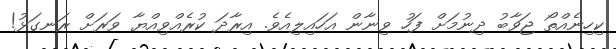
ކިހިނެއްތޯ ޖަވާބު ދިނުމަށް ފަހު ވިނާން އަހައިލިއެވެ. އިރާދަ ކުރެއްވިއްޔާ ވަރަށް ރަނގަޅު!